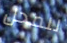
للمحل